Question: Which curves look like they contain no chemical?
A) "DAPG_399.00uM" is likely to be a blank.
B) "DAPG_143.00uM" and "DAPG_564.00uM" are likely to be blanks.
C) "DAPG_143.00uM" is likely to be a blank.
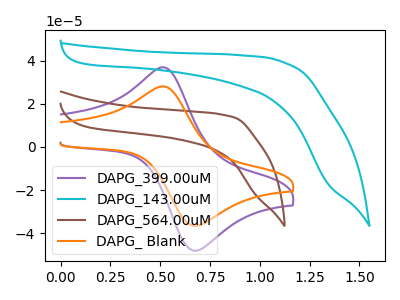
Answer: <think>The purple curve "DAPG_399.00uM" has an anodic peak at (0.50V, 36.90uA) and a cathodic peak at (0.70V, -47.85uA). The cyan curve "DAPG_143.00uM" has no peaks. The brown curve "DAPG_564.00uM" has no peaks. The orange curve "DAPG_ Blank" has an anodic peak at (0.50V, 28.05uA) and a cathodic peak at (0.70V, -36.40uA).</think>
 <answer>B) "DAPG_143.00uM" and "DAPG_564.00uM" are likely to be blanks.</answer>
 <eval>B</eval>